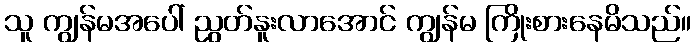
သူ ကျွန်မအပေါ် ညွတ်နူးလာအောင် ကျွန်မ ကြိုးစားနေမိသည်။